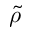
\tilde { \rho }